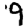
Digit: 9